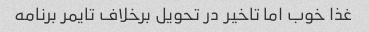
غذا خوب اما تاخیر در تحویل برخلاف تایمر برنامه